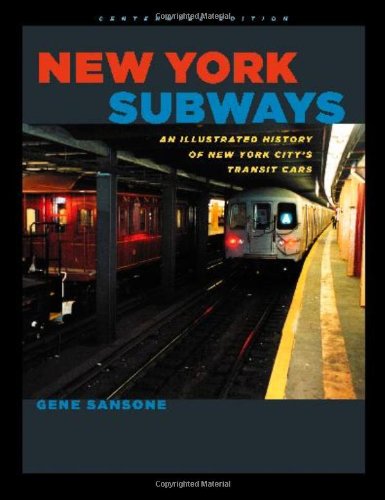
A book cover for New York Subways: An Illustrated History of New York City's Transit Cars; Gene Sansone; Arts & Photography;